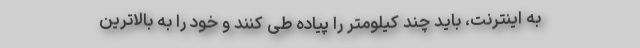
به اینترنت، باید چند کیلومتر را پیاده طی کنند و خود را به بالاترین